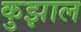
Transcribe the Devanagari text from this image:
कुझाल